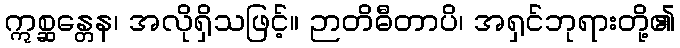
ဣစ္ဆန္တေန၊ အလိုရှိသဖြင့်။ ဉာတိဓီတာပိ၊ အရှင်ဘုရားတို့၏